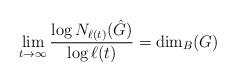
LaTeX: \begin{align*} \lim_{t \to \infty}\frac{\log N_{\ell(t)}(\hat{G})}{\log \ell(t)} = \dim_B(G)\end{align*}